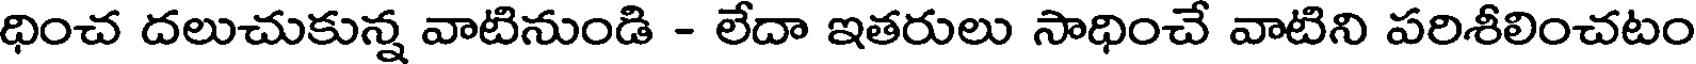
ధించ దలుచుకున్న వాటినుండి - లేదా ఇతరులు సాధించే వాటిని పరిశీలించటం